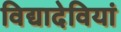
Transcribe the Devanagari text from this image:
विद्यादेवियां